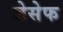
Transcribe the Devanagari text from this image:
जेसेफ